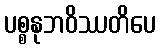
ပစ္စနုဘဝိဿတိပေ